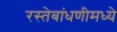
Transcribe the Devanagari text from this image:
रस्तेबांधणीमध्ये